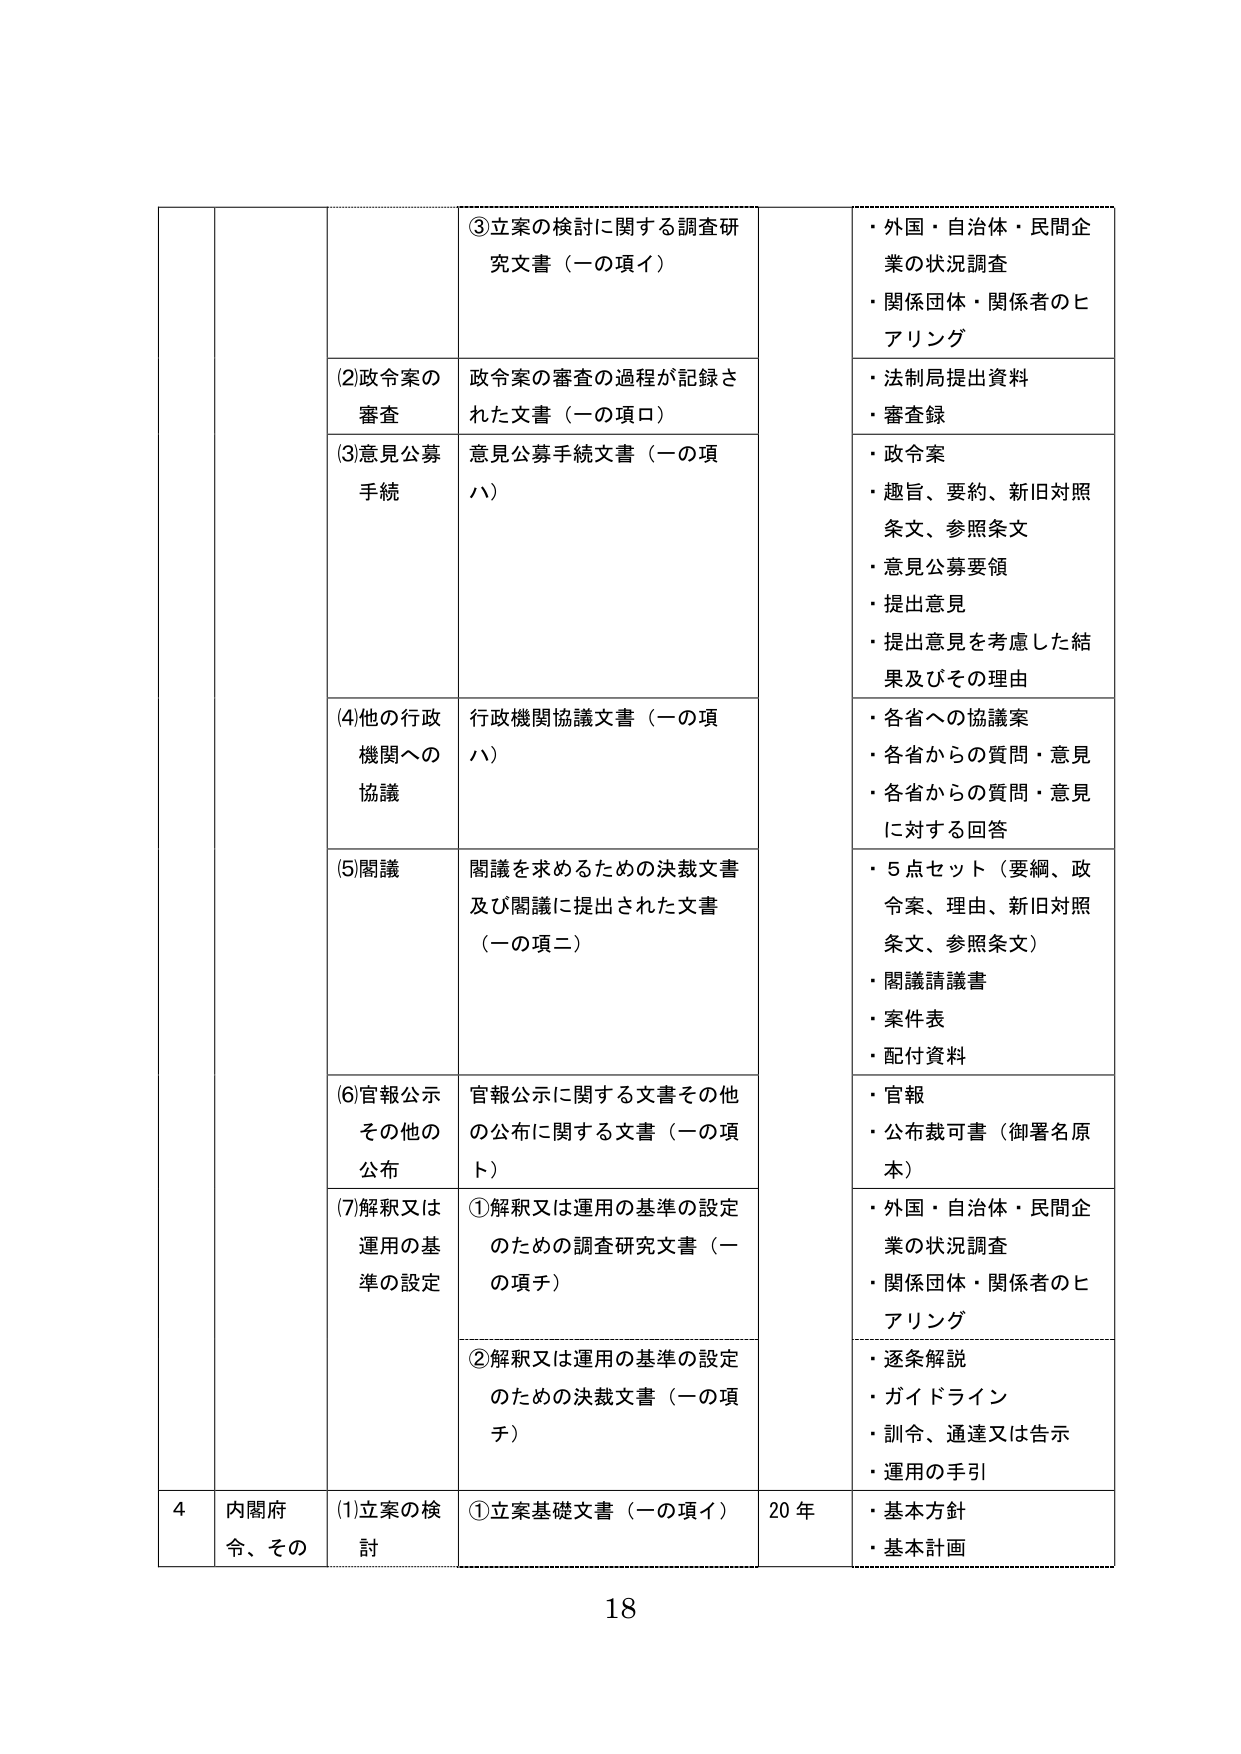
③立案の検討に関する調査研究文書（一の項イ）

・外国・自治体・民間企業の状況調査
・関係団体・関係者のヒアリング

(2)政令案の審査
政令案の審査の過程が記録された文書（一の項ロ）

・法制局提出資料
・審査録

(3)意見公募手続
意見公募手続文書（一の項ハ）

・政令案
・趣旨、要約、新旧対照条文、参照条文
・意見公募要領
・提出意見
・提出意見を考慮した結果及びその理由

(4)他の行政機関への協議
行政機関協議文書（一の項ハ）

・各省への協議案
・各省からの質問・意見
・各省からの質問・意見に対する回答

(5)関議
関議を求めるための決裁文書及び関議に提出された文書（一の項二）

・5点セット（要綱、政令案、理由、新旧対照条文、参照条文）
・関議請議書
・案件表
・配付資料

(6)官報公示その他の公布
官報公示に関する文書その他 の公布に関する文書（一の項ト）

・官報
・公布裁可書（御署名原本）

(7)解釈又は運用の基準の設定
①解釈又は運用の基準の設定のための調査研究文書（一の項チ）

・外国・自治体・民間企業の状況調査
・関係団体・関係者のヒアリング

②解釈又は運用の基準の設定のための決裁文書（一の項チ）

・逐条解説
・ガイドライン
・訓令、通達又は告示
・運用の手引

4 内閣府令、その
(1)立案の検討
①立案基礎文書（一の項イ）
20年
・基本方針
・基本計画

18